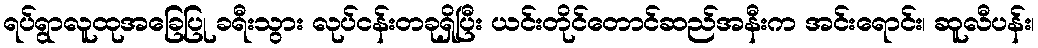
ရပ်ရွာလူထုအခြေပြု ခရီးသွား လုပ်ငန်းတခုရှိပြီး ယင်းတိုင်တောင်ဆည်အနီးက အင်းရောင်း၊ ဆူလီပန်း၊